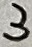
Text: 3